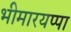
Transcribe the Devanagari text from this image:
भीमारयप्पा